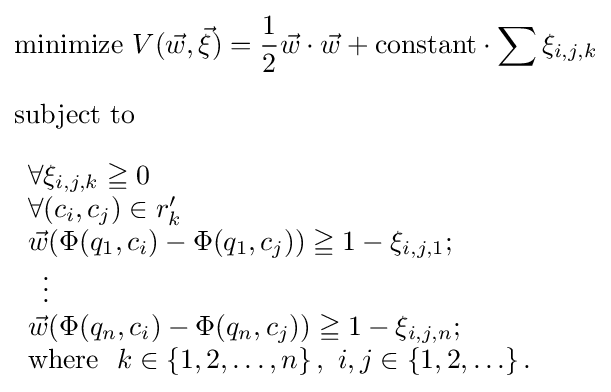
{\begin{aligned}&{\text{minimize }}V({\vec {w}},{\vec {\xi }})={1 \over 2}{\vec {w}}\cdot {\vec {w}}+{\text{constant}}\cdot \sum \xi _{i,j,k}\\[6pt]&{\text{subject to}}\\[6pt]&{\begin{array}{l}\forall \xi _{i,j,k}\geqq 0\\\forall (c_{i},c_{j})\in r_{k}'\\{\vec {w}}(\Phi (q_{1},c_{i})-\Phi (q_{1},c_{j}))\geqq 1-\xi _{i,j,1};\\\,\,\,\vdots \\{\vec {w}}(\Phi (q_{n},c_{i})-\Phi (q_{n},c_{j}))\geqq 1-\xi _{i,j,n};\\{\text{where }}\ k\in \left\{1,2,\ldots ,n\right\},\ i,j\in \left\{1,2,\ldots \right\}.\end{array}}\end{aligned}}